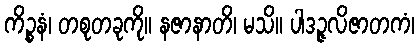
ကိဉ္စနံ၊ တစုတခုကို။ နဇာနာတိ၊ မသိ။ ပါဒဉ္ဇလိဇာတကံ၊